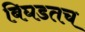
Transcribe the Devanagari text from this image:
बिघडतच